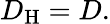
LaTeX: D_{\mathrm{H}}=D.